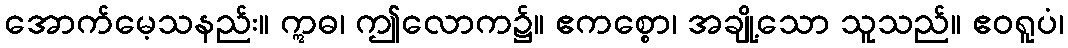
အောက်မေ့သနည်း။ ဣဓ၊ ဤလောက၌။ ဧကစ္စော၊ အချို့သော သူသည်။ ဧဝရူပံ၊